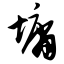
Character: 墉